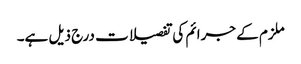
ملزم کے جرائم کی تفصیلات درج ذیل ہے۔